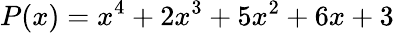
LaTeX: P(x)=x^{4}+2x^{3}+5x^{2}+6x+3